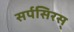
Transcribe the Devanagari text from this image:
सर्पसिरस्